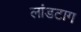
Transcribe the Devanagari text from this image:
लांडटाग